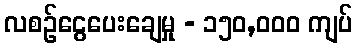
လစဉ်ငွေပေးချေမှု - ၁၅၀,၀၀၀ ကျပ်